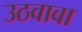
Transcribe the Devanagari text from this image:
उठवावा